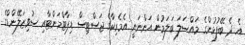
އެ ދެ ބޭފުޅުންގެ މައްސަލަ ބަލަމުން އަންނަނީ އެމެރިކާގެ ޖަސްޓިސް ޑިޕާޓްމަންޓާއި ސުވިޒަލޭންޑްގެ